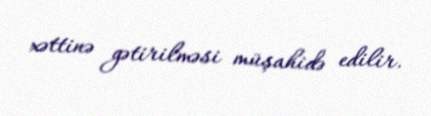
xəttinə gətirilməsi müşahidə edilir.